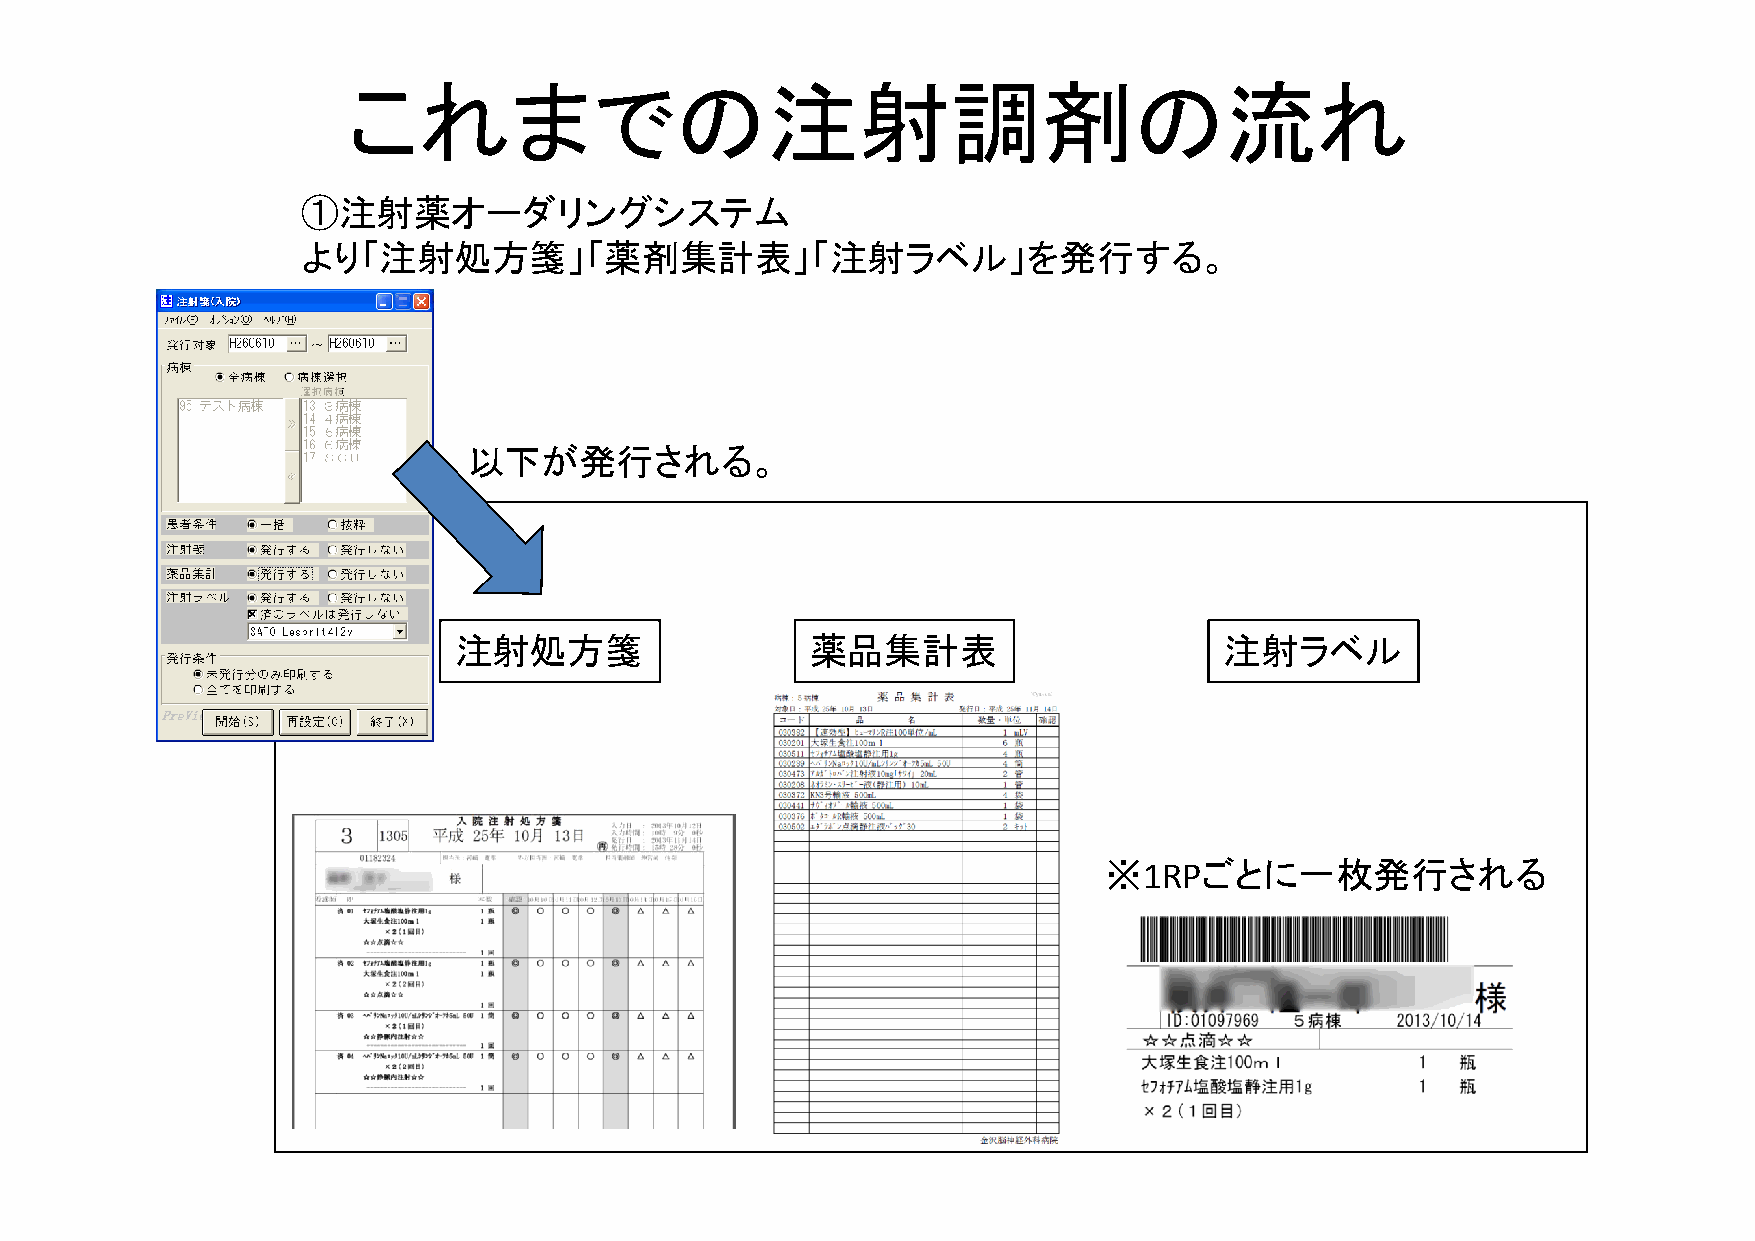
これまでの注射調剤の流れ
 ①①注注射射薬薬オオーダダリンググシシステムム
 より「注射処方箋」「薬剤集計表」「注射ラベル」を発行する。
 以下が発行される。
 注射処方箋                   薬品集計表                      注射ラベル
 ※1RPごとに一枚発行される